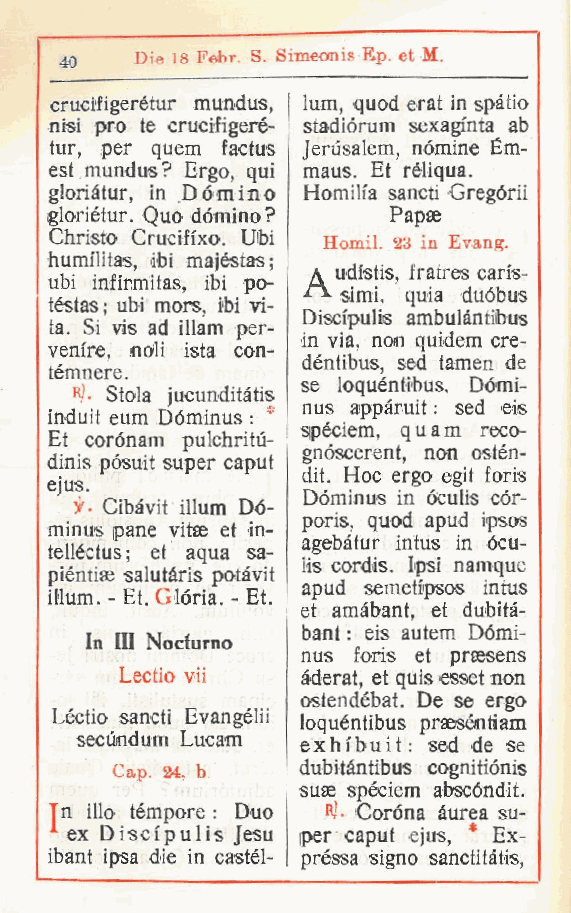
Die 18 Febr. S. Simeanis E.p. et M.
 40
 crucifigerétur mundus, lum, quod erat in spàtio
 nisi prò te crucifigeré- stadiórum sexaginta ab
 tur, per quem factus Jerusalem, nòmine Ém-
 est mundus? Ergo qui maus. Et réliqua.
 ,
 gloriàtur, in Dòmino Homilia sancti Gregòrii
 gloriétur. Quo dòmino? Papse
 Christo Cruciffxo. Ubi
 Homil. 23 in Evang.
 humilitas ibi majéstas;
 ,           a udistis, fratres carfs-
 ubi infirmitas, ibi po- simi, quia duóbus
 téstas; ubi mors, ibi vi-
 Discipulis ambulàntibus
 ta. Si vis ad illam per-
 in via, non quidem cre-
 venire, noli ista con-
 déntibus, sed tamen de
 témnere.
 se loquéntibus, Dómi-
 R - Stola jucunditàtis
 »              nus appàruit : sed eis
 induit eum Dóminus : *
 spéciem, q u a m reco-
 Et corònam pulchritù-
 gnóscerent, non ostén-
 dinis pòsuit super caput
 dit. Hoc ergo egit foris
 ejus.
 Dóminus in óculis còr-
 if- Cibévit illum Dó-
 poris, quod apud ipsos
 minus pane vitae et in-
 agebàtur intus in ócu-
 telléctus; et aqua sa-
 lis cordis. Ipsi namque
 piéntiae salutàris potàvit
 apud semetipsos intus
 illum. - Et. Glòria. - Et.
 et amàbant, et dubità-
 bant : eis autem Dómi-
 In III Nocfurno
 nus foris et praesens
 Lectio vii  àderat, et quis esset non
 ostendébat. De se ergo
 Léctio sancti Evangélii loquéntibus praesénìam
 secùndum Lucam e x h i b u i t : sed de se
 Cap. 24, b  dubitàntibus cognitiónis
 suae spéciem abscóndit.
 Tn ilio tèmpore : Duo "J- Coróna àurea su-
 A ex Discipulis Jesu per caput ejus, * Ex-
 ibant ipsa die in castél- préssa signo sanctitàtis,
 t